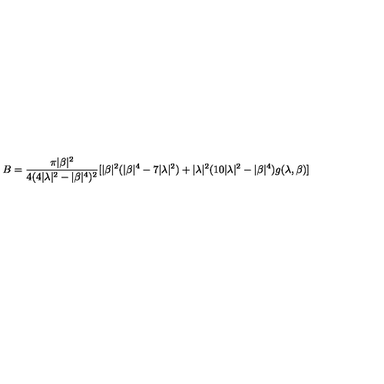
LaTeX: B = \frac { \pi | \beta | ^ { 2 } } { 4 ( 4 | \lambda | ^ { 2 } - | \beta | ^ { 4 } ) ^ { 2 } } [ | \beta | ^ { 2 } ( | \beta | ^ { 4 } - 7 | \lambda | ^ { 2 } ) + | \lambda | ^ { 2 } ( 1 0 | \lambda | ^ { 2 } - | \beta | ^ { 4 } ) g ( \lambda , \beta ) ]